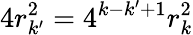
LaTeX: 4r_{k^{\prime}}^{2}=4^{k-k^{\prime}+1}r_{k}^{2}